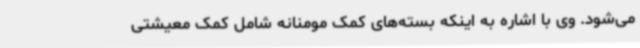
می‌شود. وی با اشاره به اینکه بسته‌های کمک مومنانه شامل کمک معیشتی